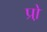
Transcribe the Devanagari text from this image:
प्रो़